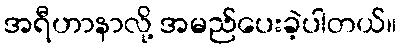
အရီဟာနာလို့ အမည်ပေးခဲ့ပါတယ်။